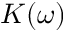
K ( \omega )